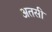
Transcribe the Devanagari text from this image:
अतसी